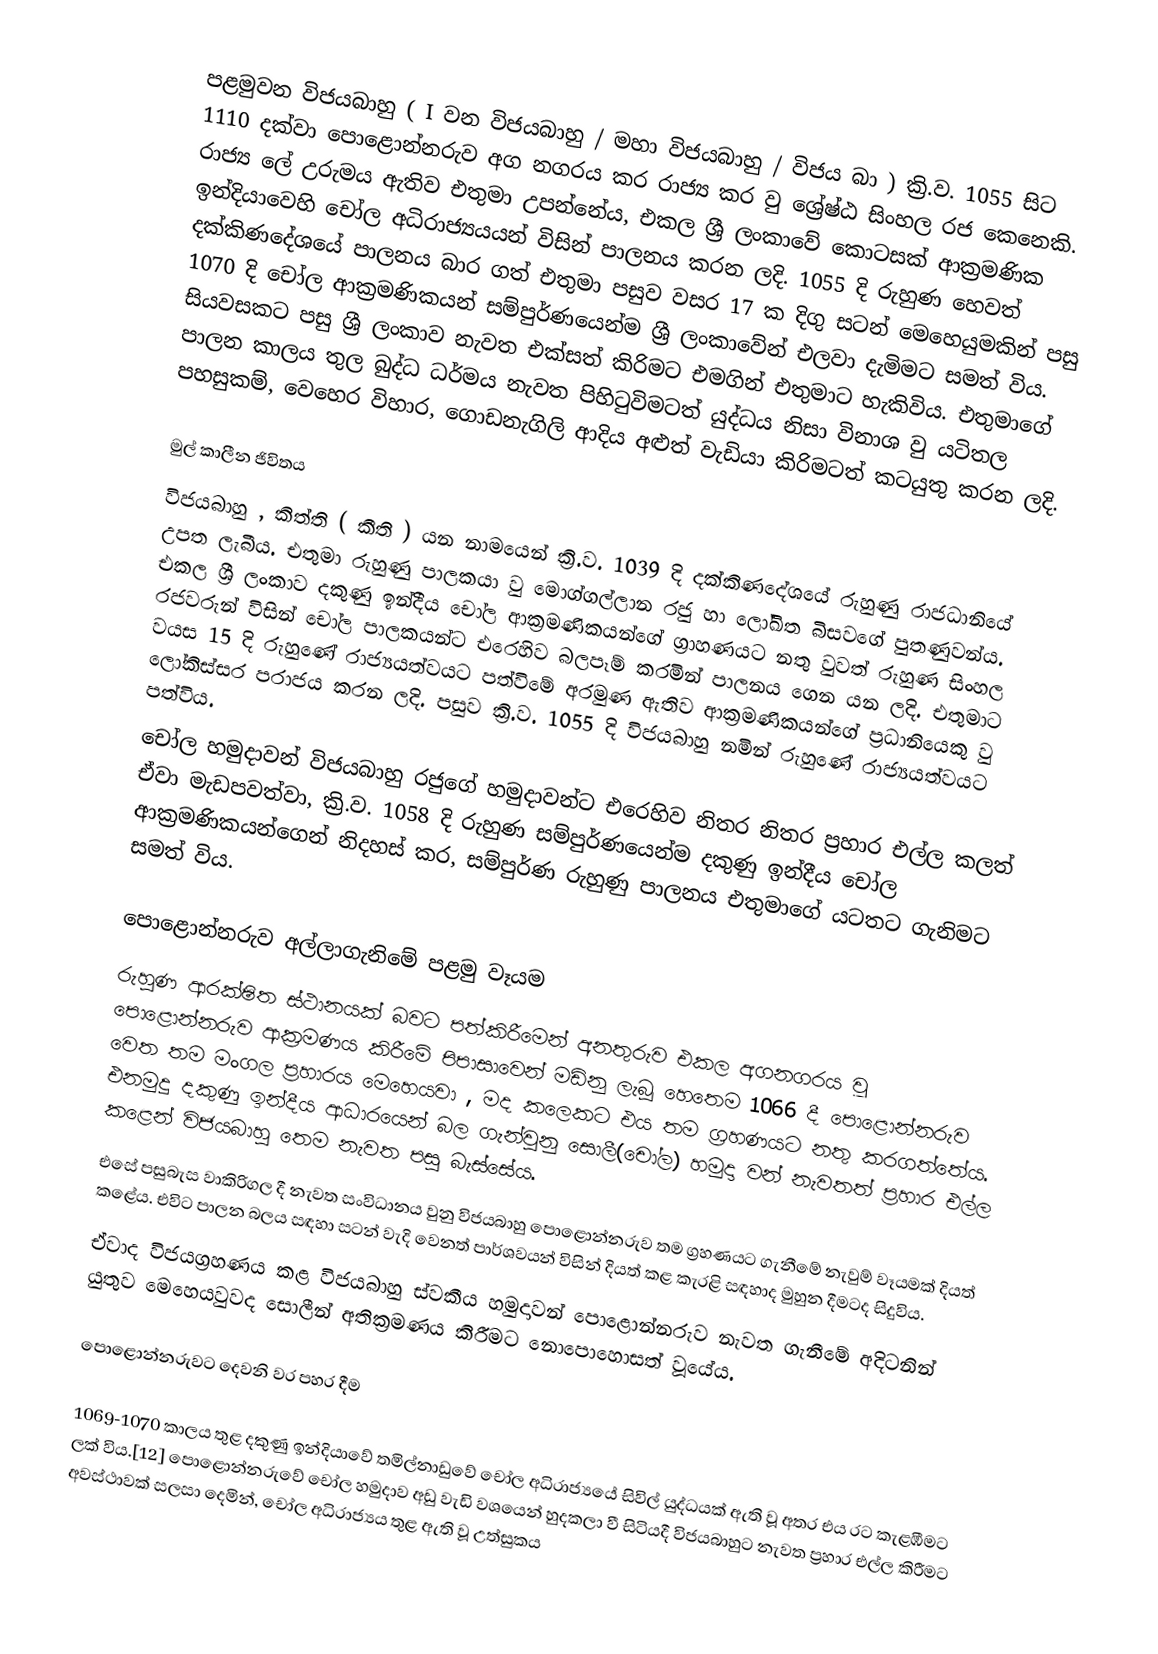
පළමුවන විජයබාහු  (  I වන විජයබාහු / මහා විජයබාහු / විජය බා )  ක්‍රි.ව. 1055 සිට 1110 දක්වා පොළොන්නරුව අග නගරය කර රාජ්‍ය කර වු ශ්‍රේෂ්ඨ සිංහල රජ කෙනෙකි. රාජ්‍ය ලේ උරුමය ඇතිව එතුමා උපන්නේය, එකල  ශ්‍රී ලංකාවේ කොටසක් ආක්‍රමණික ඉන්දියාවෙහි චෝල අධිරාජ්‍යයයන් විසින් පාලනය කරන ලදි.  1055 දි රුහුණ හෙවත් දක්කිණදේශයේ පාලනය බාර ගත් එතුමා පසුව වසර 17 ක දිගු සටන් මෙහෙයුමකින් පසු 1070 දි චෝල ආක්‍රමණිකයන් සම්පුර්ණයෙන්ම  ශ්‍රී ලංකාවේන් එලවා දැමිමට සමත් විය. සියවසකට පසු ශ්‍රී ලංකාව නැවත එක්සත් කිරිමට එමගින් එතුමාට හැකිවිය. එතුමාගේ පාලන කාලය තුල  බුද්ධ ධර්මය නැවත පිහිටුවිමටත් යුද්ධය නිසා විනාශ වු යටිතල පහසුකම්, වෙහෙර විහාර, ගොඩනැගිලි ආදිය අළුත් වැඩියා කිරිමටත් කටයුතු කරන ලදි.

මුල් කාලීන ජිවිතය
විජයබාහු , කිත්ති ( කීති ) යන නාමයෙන්  ක්‍රි.ව. 1039 දි  දක්කිණදේශයේ  රුහුණු රාජධානියේ උපත ලැබීය. එතුමා  රුහුණු පාලකයා වු මොග්ගල්ලාන රජු හා ලෝඛිත බිසවගේ පුතණුවන්ය. එකල ශ්‍රී ලංකාව දකුණු ඉන්දීය චෝල ආක්‍රමණිකයන්ගේ ග්‍රාහණයට නතු වුවත්  රුහුණ  සිංහල රජවරුන් විසින් චෝල පාලකයන්ට එරෙහිව  බලපෑම් කරමින්  පාලනය ගෙන යන ලදි. එතුමාට වයස 15 දි රුහුණේ  රාජ්‍යයත්වයට පත්විමේ අරමුණ ඇතිව  ආක්‍රමණිකයන්ගේ ප්‍රධානියෙකු වු ලෝකිස්සර පරාජය කරන ලදි. පසුව ක්‍රි.ව. 1055 දි  විජයබාහු නමින් රුහුණේ  රාජ්‍යයත්වයට පත්විය.
චෝල හමුදාවන් විජයබාහු  රජුගේ හමුදාවන්ට එරෙහිව නිතර  නිතර ප්‍රහාර එල්ල කලත් ඒවා මැඩපවත්වා,   ක්‍රි.ව. 1058 දි රුහුණ සම්පුර්ණයෙන්ම  දකුණු ඉන්දීය චෝල ආක්‍රමණිකයන්ගෙන් නිදහස් කර, සම්පුර්ණ රුහුණු පාලනය  එතුමාගේ යටතට ගැනිමට සමත් විය.

පොළොන්නරුව අල්ලාගැනිමේ පළමු වෑයම
රුහුණ ආරක්ෂිත ස්ථානයක් බවට පත්කිරීමෙන් අනතුරුව එකල අගනගරය වූ පොළොන්නරුව ආක්‍රමණය කිරීමේ පිපාසාවෙන් මඩිනු ලැබූ හෙතෙම 1066 දී පොළොන්නරුව වෙත තම මංගල ප්‍රහාරය මෙහෙයවා , මද කලෙකට එය තම ග්‍රහණයට නතු කරගත්තේය. එනමුදු දකුණු ඉන්දීය ආධාරයෙන් බල ගැන්වුනු සොලී(චෝල) හමුදා වන් නැවතත් ප්‍රහාර එල්ල කළෙන් විජයබාහු තෙම නැවත පසු බැස්සේය.
එසේ පසුබැස වාකිරිගල දී නැවත සංවිධානය වුනු විජයබාහු පොළොන්නරුව තම ග්‍රහණයට ගැනීමේ නැවුම් වෑයමක්  දියත් කළේය. එවිට පාලන බලය සඳහා සටන් වැදි වෙනත් පාර්ශවයන්  විසින් දියත් කළ කැරළි සඳහාද මුහුන දීමටද සිදුවිය.
ඒවාද විජයග්‍රහණය කළ විජයබාහු ස්වකීය හමුදාවන් පොළොන්නරුව නැවත ගැනීමේ අදිටනින් යුතුව මෙහෙයවුවද සොලීන් අතික්‍රමණය කිරීමට නොපොහොසත් වූයේය.

පොළොන්නරුවට දෙවනි වර පහර දීම

1069-1070 කාලය තුළ දකුණු ඉන්දියාවේ තමිල්නාඩුවේ චෝල අධිරාජ්‍යයේ සිවිල් යුද්ධයක් ඇති වූ අතර එය රට කැළඹීමට ලක් විය.[12] පොළොන්නරුවේ චෝල හමුදාව අඩු වැඩි වශයෙන් හුදකලා වී සිටියදී විජයබාහුට නැවත ප්‍රහාර එල්ල කිරීමට අවස්ථාවක් සලසා දෙමින්, චෝල අධිරාජ්‍යය තුළ ඇති වූ උත්සුකය